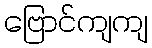
ဗြောင်ကျကျ